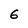
Character: 6